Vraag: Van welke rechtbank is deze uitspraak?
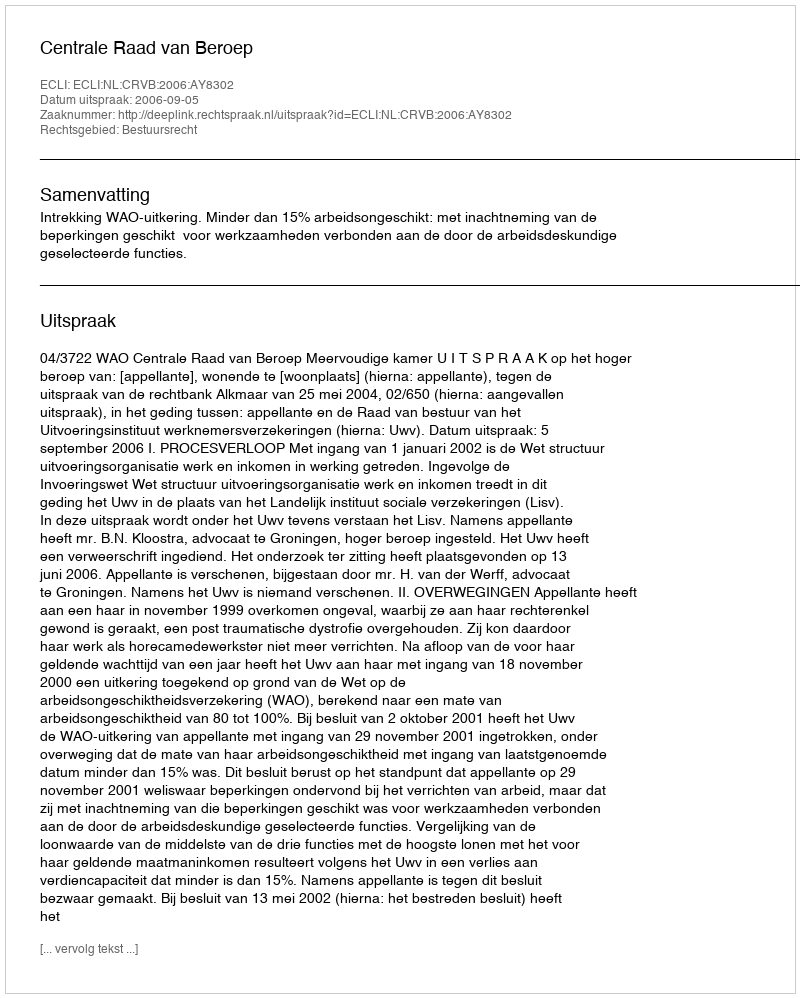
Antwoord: Centrale Raad van Beroep